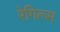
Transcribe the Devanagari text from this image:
रेगिल्स